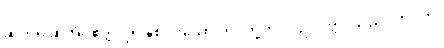
ဆက်၍ဆိုအံ့။ ဧတ္ထ၊ ဤနှစ်ပါးသော ဘဝတို့တွင်။ ဥပပတ္တိ၊ သည်။ ဘဝတိ၊